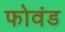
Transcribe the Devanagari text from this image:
फोवंड